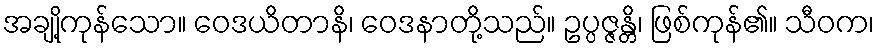
အချို့ကုန်သော။ ဝေဒယိတာနိ၊ ဝေဒနာတို့သည်။ ဥပ္ပဇ္ဇန္တိ၊ ဖြစ်ကုန်၏။ သီဝက၊